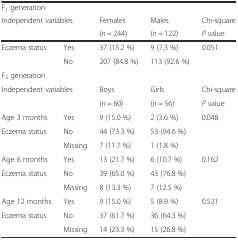
| F1 generation |  |  |  |  |
 | <ROWSPAN=2-COLSPAN=2> Independent variables | Females | Males | Chi-square |
 | (n = 244) | (n = 122) | P value |
 | --- | --- | --- | --- | --- |
 | <ROWSPAN=2> Eczema status | Yes | 37 (15.2 %) | 9 (7.3 %) | <ROWSPAN=2> 0.051 |
 | No | 207 (84.8 %) | 113 (92.6 %) |
 | F2 generation |  |  |  |  |
 | <COLSPAN=2> Independent variables | Boys | Girls | Chi-square |
 |  |  | (n = 60) | (n = 56) | P value |
 | Age 3 months | Yes | 9 (15.0 %) | 2 (3.6 %) | 0.048 |
 | Eczema status | No | 44 (73.3 %) | 53 (94.6 %) |  |
 |  | Missing | 7 (11.7 %) | 1 (1.8 %) |  |
 | Age 6 months | Yes | 13 (21.7 %) | 6 (10.7 %) | 0.162 |
 | Eczema status | No | 39 (65.0 %) | 43 (76.8 %) |  |
 |  | Missing | 8 (13.3 %) | 7 (12.5 %) |  |
 | Age 12 months | Yes | 9 (15.0 %) | 5 (8.9 %) | 0.521 |
 | Eczema status | No | 37 (61.7 %) | 36 (64.3 %) |  |
 |  | Missing | 14 (23.3 %) | 15 (26.8 %) |  |